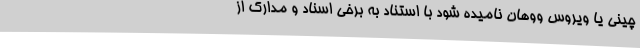
چینی یا ویروس ووهان نامیده شود با استناد به برخی اسناد و مدارک از